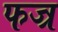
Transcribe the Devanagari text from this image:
फज्र